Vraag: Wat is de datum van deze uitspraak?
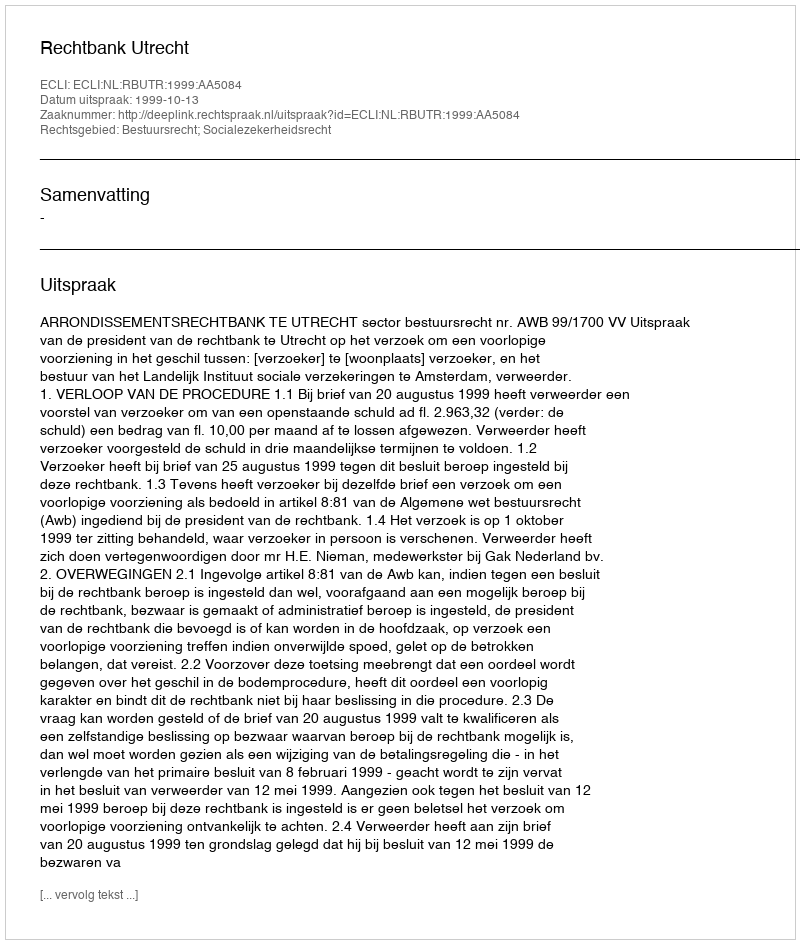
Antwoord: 1999-10-13